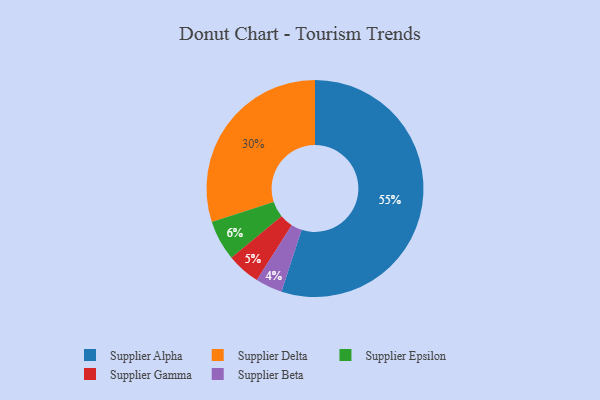
{"axis": {"x": "Category", "y": "Percentage"}, "legend": ["Supplier Alpha", "Supplier Beta", "Supplier Delta", "Supplier Epsilon", "Supplier Gamma"], "data": [{"x": "Supplier Gamma", "y": 5, "type": "Supplier Gamma"}, {"x": "Supplier Beta", "y": 4, "type": "Supplier Beta"}, {"x": "Supplier Delta", "y": 30, "type": "Supplier Delta"}, {"x": "Supplier Epsilon", "y": 6, "type": "Supplier Epsilon"}, {"x": "Supplier Alpha", "y": 55, "type": "Supplier Alpha"}]}